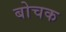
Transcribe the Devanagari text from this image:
बोचक